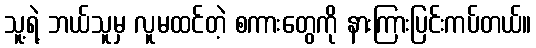
သူ့ရဲ့ ဘယ်သူမှ လူမထင်တဲ့ စကားတွေကို နားကြားပြင်းကပ်တယ်။